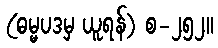
(ဓမ္မပဒမှ ယူရန်) စ-၂၅၂။